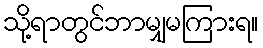
သို့ရာတွင်ဘာမျှမကြားရ။